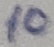
Text: 10